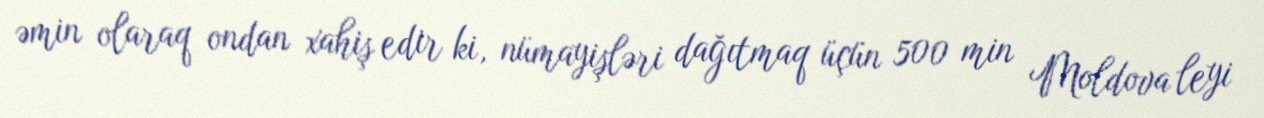
əmin olaraq ondan xahiş edir ki, nümayişləri dağıtmaq üçün 500 min Moldova leyi